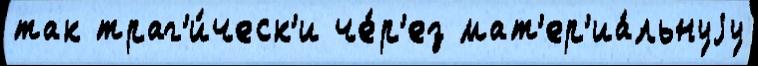
так траг'и́ческ'и че́р'ез мат'ер'иа́льнуjу